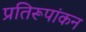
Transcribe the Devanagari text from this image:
प्रतिरूपांकन